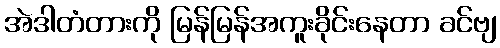
အဲဒါတံတားကို မြန်မြန်အကူးခိုင်းနေတာ ခင်ဗျ